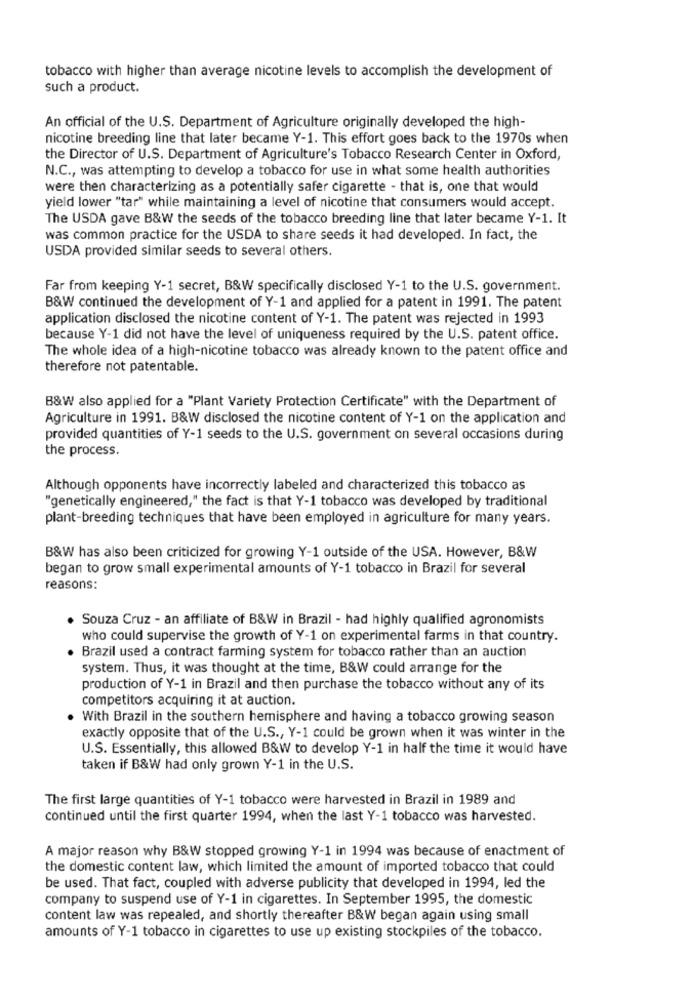
tobacco with higher than average nicotine levels to accomplish the development of
such a product.
An official of the U.S. Department of Agriculture originally developed the high-
nicotine breeding line that later became Y-1. This effort goes back to the 1970s when
the Director of U.S. Department of Agriculture's Tobacco Research Center in Oxford,
N.C ., was attempting to develop a tobacco for use in what some health authorities
were then characterizing as a potentially safer cigarette - that is, one that would
yield lower "tar" while maintaining a level of nicotine that consumers would accept.
The USDA gave B&W the seeds of the tobacco breeding line that later became Y-1. It
was common practice for the USDA to share seeds it had developed. In fact, the
USDA provided similar seeds to several others.
Far from keeping Y-1 secret, B&W specifically disclosed Y-1 to the U.S. government.
B&W continued the development of Y-1 and applied for a patent in 1991. The patent
application disclosed the nicotine content of Y-1. The patent was rejected in 1993
because Y-1 did not have the level of uniqueness required by the U.S. patent office.
The whole idea of a high-nicotine tobacco was already known to the patent office and
therefore not patentable.
B&W also applied for a "Plant Variety Protection Certificate" with the Department of
Agriculture in 1991. B&W disclosed the nicotine content of Y-1 on the application and
provided quantities of Y-1 seeds to the U.S. government on several occasions during
the process.
Although opponents have incorrectly labeled and characterized this tobacco as
"genetically engineered," the fact is that Y-1 tobacco was developed by traditional
plant-breeding techniques that have been employed in agriculture for many years.
B&W has also been criticized for growing Y-1 outside of the USA. However, B&W
began to grow small experimental amounts of Y-1 tobacco in Brazil for several
reasons:
Souza Cruz - an affiliate of B&W in Brazil - had highly qualified agronomists
who could supervise the growth of Y-1 on experimental farms in that country.
.Brazil used a contract farming system for tobacco rather than an auction
system. Thus, it was thought at the time, B&W could arrange for the
production of Y-1 in Brazil and then purchase the tobacco without any of its
competitors acquiring it at auction.
With Brazil in the southern hemisphere and having a tobacco growing season
exactly opposite that of the U.S ., Y-1 could be grown when it was winter in the
U.S. Essentially, this allowed B&W to develop Y-1 in half the time it would have
taken if B&W had only grown Y-1 in the U.S.
The first large quantities of Y-1 tobacco were harvested in Brazil in 1989 and
continued until the first quarter 1994, when the last Y-1 tobacco was harvested.
A major reason why B&W stopped growing Y-1 in 1994 was because of enactment of
the domestic content law, which limited the amount of imported tobacco that could
be used. That fact, coupled with adverse publicity that developed in 1994, led the
company to suspend use of Y-1 in cigarettes. In September 1995, the domestic
content law was repealed, and shortly thereafter B&W began again using small
amounts of Y-1 tobacco in cigarettes to use up existing stockpiles of the tobacco.